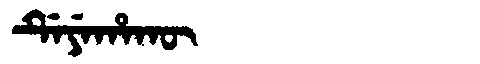
Manchu: ᡩᡝᠶᡝᡥᠠᡴᡡ
Romanization: DEYEHAKŪ